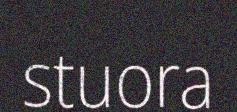
stuora